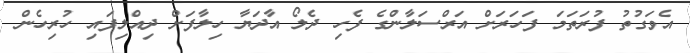
އެވަގުތު ފުރަތަމަ ފަހަރަށް އަރްސަލާންގެ ފެހި ދެލޯ އާދަޔާ ހިލާފަށް ދިއްލިފައި ހުރިހެން